Indian journal of veterinary science and animal husbandry - Volumes 15-17, 1948-1951
Year: 1948
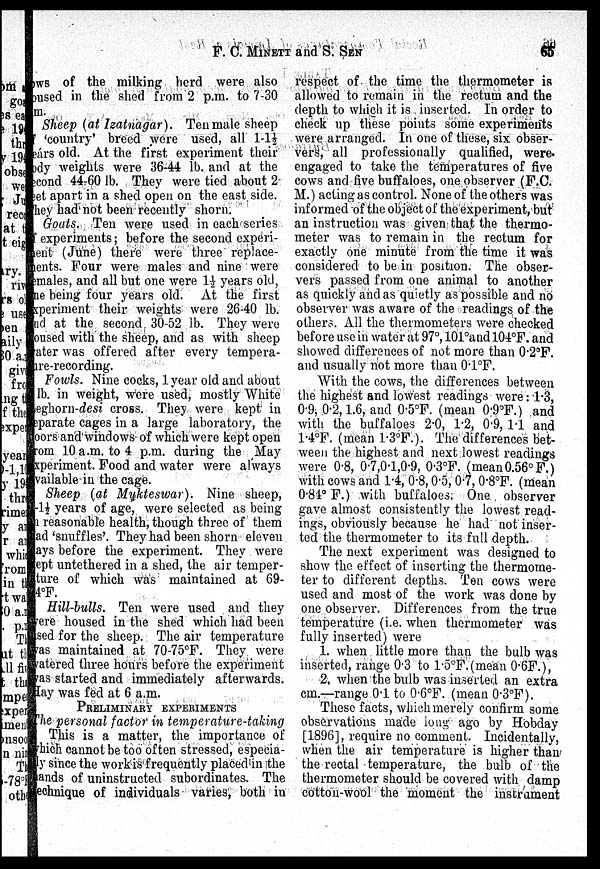
F. C. MINETT and S.
SEN
65
Cows of the milking herd were also
oused in the shed from 2 p.m. to 7-30
m.
Sheep (at Izatnagar). Ten male sheep
of 'country' breed were used, all 1-1½
eárs old. At the first experiment their
body weights were 36-44 lb. and at the
second 44-60 lb. They were tied about 2-
eet apart in a shed open on the east side.
They had not been recently shorn;
Goats. Ten were used in each series
of experiments; before the second experi-
-ent (June) there were three replace-
ments. Four were males and nine were
females, and all but one were 1½ years old,
me being four years old. At the first
experiment their weights were 26-40 lb.
and at the second 30-52 lb. They were
oused with the sheep, and as with sheep
water was offered after every tempera-
ture-recording.
Fowls. Nine cocks, 1 year old and about
lb. in weight, were used, mostly White
Leghorn-desi cross. They were kept in
separate cages in a large laboratory, the
doors and windows of which were kept open
from 10 a.m. to 4 p.m. during the May
experiment. Food and water were always
available in the cage.
Sheep (at Mukteswar). Nine sheep,
1-1½ years of age, were selected as being
n reasonable health, though three of them
ad 'snuffles'. They had been shorn eleven
days before the experiment. They were
kept untethered in a shed, the air temper-
ature of which was maintained at 69-
4°F.
Hill-bulls. Ten were used and they
were housed in the shed which had been
used for the sheep. The air temperature
was maintained at 70-75ºF. They were
watered three hours before the experiment
was started and immediately afterwards.
Hay was fed at 6 a.m.
PRELIMINARY EXPERIMENTS
The personal factor in temperature-taking
This is a matter, the importance of
which cannot be too often stressed, especia-
lly since the work is frequently placed in |the
hands of uninstructed subordinates. The
technique of individuals varies, both in
respect of the time the thermometer is
allowed to remain in the rectum and the
depth to which it is inserted. In order to
check up these points some experiments
were arranged. In one of these, six obser-
vers, all professionally qualified, were.
engaged to take the temperatures of five
cows and five buffaloes, one observer (F.C.
M.) acting as control. None of the others was
informed of the object of the experiment, but
an instruction was given that the thermo-
meter was to remain in the rectum for
exactly one minute from the time it was
considered to be in position. The obser-
vers passed from one animal to another
as quickly and as quietly as possible and no
observer was aware of the readings of the
others. All the thermometers were checked
before use in water at 97º, 101ºand 104°F. and
showed differences of not more than 0.2ºF.
and usually not more than 0.1ºF.
With the cows, the differences between
the highest and lowest readings were: 1.3,
0.9; 0.2, 1.6, and 0.5ºF. (mean 0.9ºF.) and
with the buffaloes 2.0, 1.2, 0.9, 1.1 and
1.4ºF. (mean 1.3ºF.). The differences bet-
ween the highest and next lowest readings
were 0.8, 0.7,0.l,0.9, 0.3ºF. (mean 0.56º F.)
with cows and 1.4, 0.8, 0.5, 0.7, 0.8ºF. (mean
0.84º F.) with buffaloes. One observer
gave almost consistently the lowest read-
ings, obviously because he had not inser-
ted the thermometer to its full depth.
The next experiment was designed to
show the effect of inserting the thermome-
ter to different depths. Ten cows were
used and most of the work was done by
one observer. Differences from the true
temperature (i.e. when thermometer was
fully inserted) were
1. when little more than the bulb was
inserted, range 0.3 to 1.5ºF. (mean 0.6F.),
2, when the bulb was inserted an extra
cm.—range 0.1 to 0.6ºF. (mean 0.3ºF).
These facts, which merely confirm some
observations made long ago by Hobday
[1896], require no comment. Incidentally,
when the air temperature is higher than
the rectal temperature, the bulb of the
thermometer should be covered with damp
cotton-wool the moment the instrument